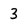
Character: 3